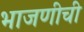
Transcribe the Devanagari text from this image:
भाजणीची